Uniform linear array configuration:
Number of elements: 12
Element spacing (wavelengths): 1
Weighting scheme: blackman
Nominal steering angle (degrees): -45
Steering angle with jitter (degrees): -44.657
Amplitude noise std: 0.05
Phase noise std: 0.05

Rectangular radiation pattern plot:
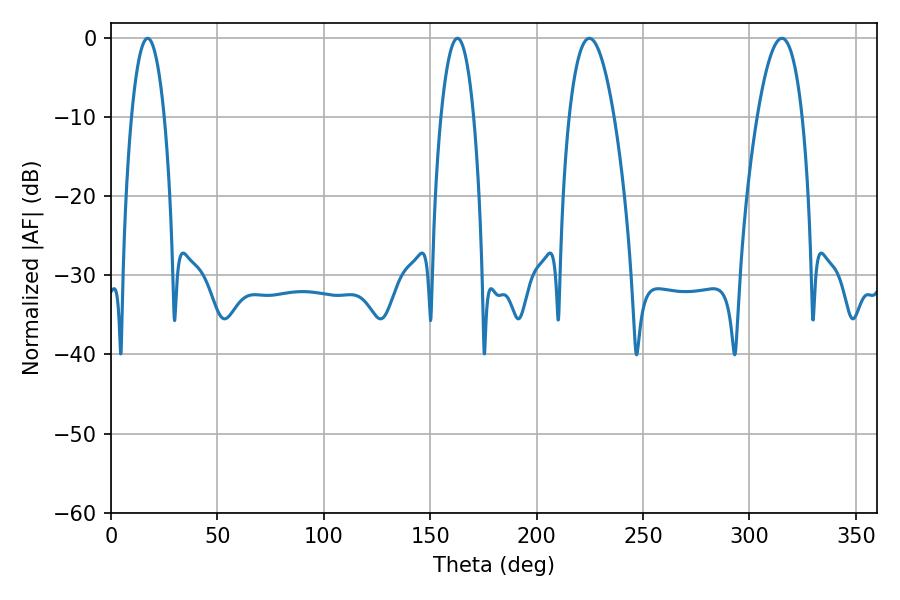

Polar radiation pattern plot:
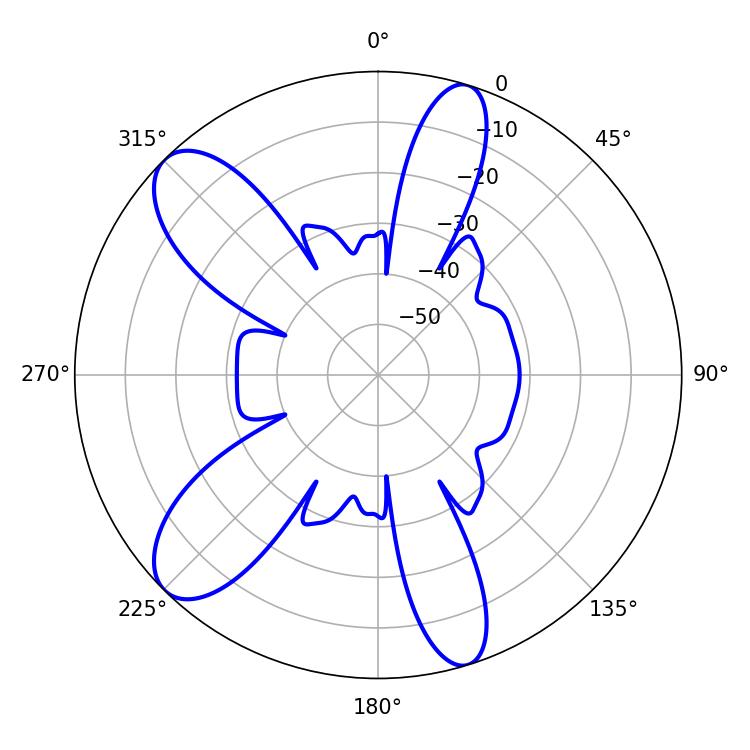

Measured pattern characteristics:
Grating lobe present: TRUE
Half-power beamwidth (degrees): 11.7
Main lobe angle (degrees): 224.82